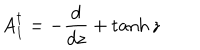
LaTeX: A _ { 1 } ^ { \dagger } = - { \frac { d } { d z } } + \tanh z